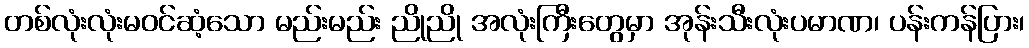
တစ်လုံးလုံးမဝင်ဆံ့သော မည်းမည်း ညိုညို အလုံးကြီးတွေမှာ အုန်းသီးလုံးပမာဏ၊ ပန်းကန်ပြား၊